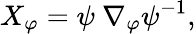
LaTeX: X_{\varphi}=\psi\ \nabla_{\varphi}\psi^{-1},